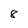
Character: 8